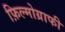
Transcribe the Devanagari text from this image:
फ़िल्मोग्राफी